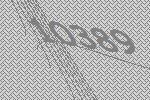
10389